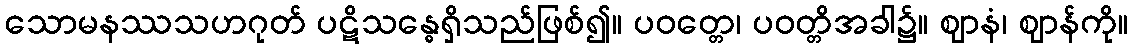
သောမနဿသဟဂုတ် ပဋိသန္ဓေရှိသည်ဖြစ်၍။ ပဝတ္တေ၊ ပဝတ္တိအခါ၌။ ဈာနံ၊ ဈာန်ကို။